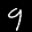
Label: 9